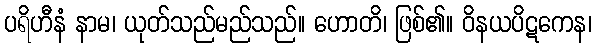
ပရိဟီနံ နာမ၊ ယုတ်သည်မည်သည်။ ဟောတိ၊ ဖြစ်၏။ ဝိနယပိဋကေန၊